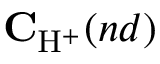
\mathbf { C } _ { \mathrm { H } ^ { + } } ( n d )